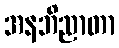
အနဘိညာတာ